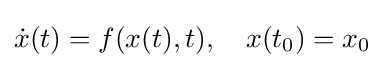
{\dot {x}}(t)=f(x(t),t),\quad x(t_{0})=x_{0}